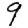
Digit: 9